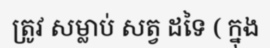
ត្រូវ សម្លាប់ សត្វ ដទៃ ( ក្នុង